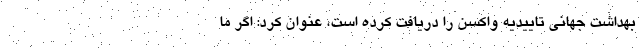
بهداشت جهانی تاییدیه واکسن را دریافت کرده است، عنوان کرد: اگر ما